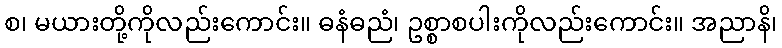
စ၊ မယားတို့ကိုလည်းကောင်း။ ဓနံဓညံ၊ ဥစ္စာစပါးကိုလည်းကောင်း။ အညာနိ၊